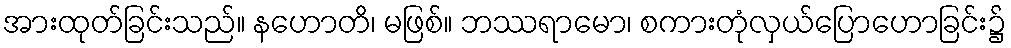
အားထုတ်ခြင်းသည်။ နဟောတိ၊ မဖြစ်။ ဘဿရာမော၊ စကားတုံလှယ်ပြောဟောခြင်း၌